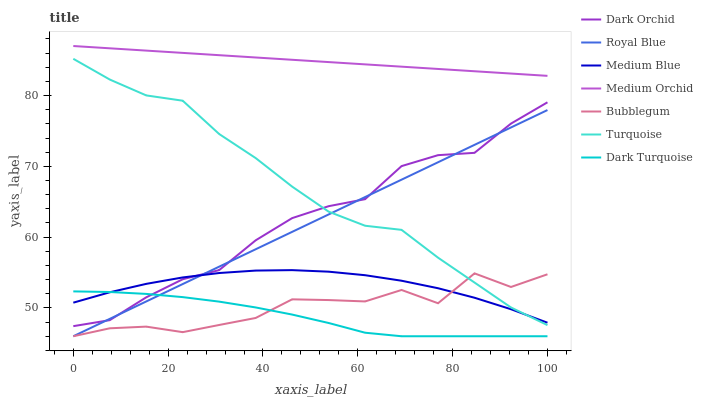
| xaxis_label | Dark Orchid | Royal Blue | Medium Blue | Medium Orchid | Bubblegum | Turquoise | Dark Turquoise |
 | --- | --- | --- | --- | --- | --- | --- | --- |
 | 0 | 47.4 | 46 | 50.7 | 87 | 46 | 85.2 | 52.3 |
 | 7.69 | 48.3 | 48.5 | 52.2 | 86.7 | 47.1 | 82.3 | 52.3 |
 | 15.4 | 51.5 | 50.9 | 53.4 | 86.4 | 47.4 | 80 | 52 |
 | 23.1 | 54.1 | 53.4 | 54.3 | 86 | 46.6 | 79.3 | 51.5 |
 | 30.8 | 55.3 | 55.8 | 54.9 | 85.7 | 47.6 | 74.6 | 50.9 |
 | 38.5 | 59.6 | 58.3 | 55.3 | 85.4 | 48.6 | 71.2 | 50.1 |
 | 46.2 | 62.7 | 60.7 | 55.3 | 85.1 | 51.2 | 67.1 | 49.1 |
 | 53.8 | 64.4 | 63.2 | 55.1 | 84.7 | 51.1 | 63.6 | 47.9 |
 | 61.5 | 65.4 | 65.7 | 54.6 | 84.4 | 50.9 | 61.6 | 46.5 |
 | 69.2 | 70 | 68.1 | 53.8 | 84.1 | 52.5 | 61 | 46 |
 | 76.9 | 71.6 | 70.6 | 52.8 | 83.8 | 50.7 | 57.1 | 46 |
 | 84.6 | 71.9 | 73 | 51.4 | 83.4 | 54.9 | 53.6 | 46 |
 | 92.3 | 76 | 75.5 | 49.8 | 83.1 | 53 | 50.1 | 46 |
 | 100 | 79 | 78 | 47.9 | 82.8 | 54.8 | 47.6 | 46 |